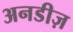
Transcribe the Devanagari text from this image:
अनडीज़